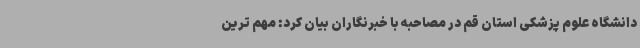
دانشگاه علوم پزشکی استان قم در مصاحبه با خبرنگاران بیان کرد: مهم ترین